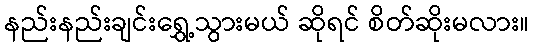
နည်းနည်းချင်းရွှေ့သွားမယ် ဆိုရင် စိတ်ဆိုးမလား။